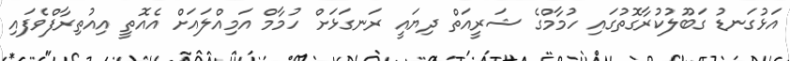
އަޅުގަނޑު ގަބޫލުކުރާގޮތުގައި ހުމާމްގެ ޝަރީއަތް ދިޔައީ ރަނގަޅަށް ހުމާމް އަމިއްލައަށް އެއޮތީ އިއުތިރާފްވެފައި